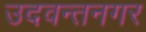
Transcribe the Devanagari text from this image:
उदवन्तनगर